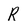
Character: R